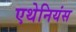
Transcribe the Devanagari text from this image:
एथेनियंस